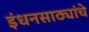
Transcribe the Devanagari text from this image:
इंधनसाठ्यांचे